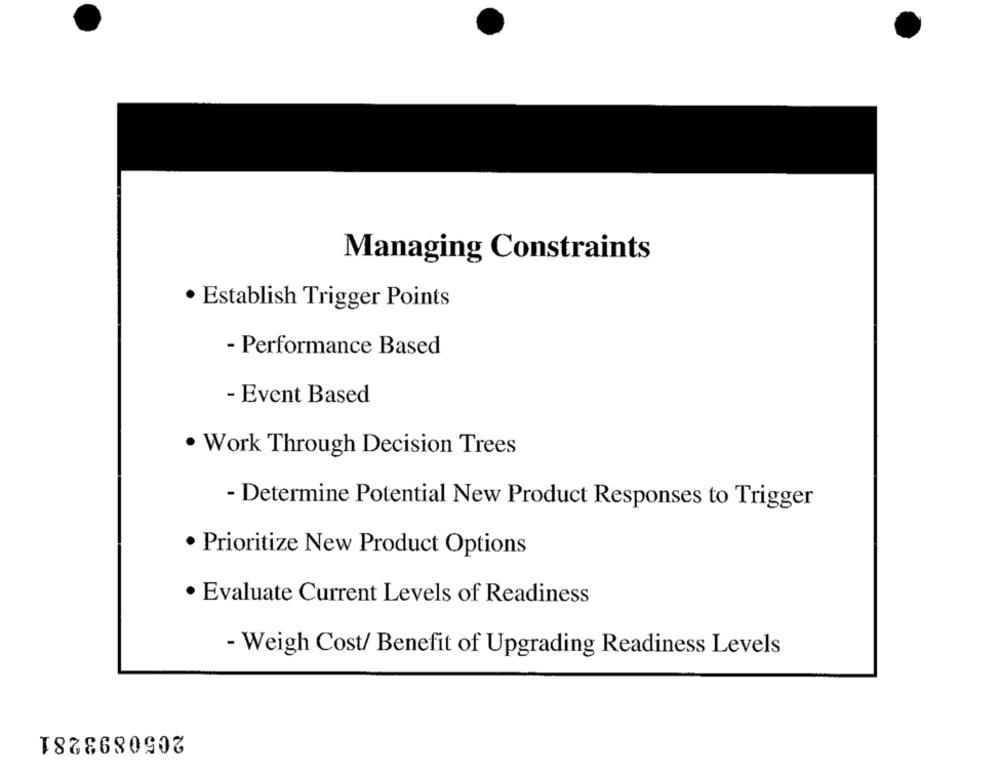
Managing Constraints
· Establish Trigger Points
- Performance Based
- Event Based
. Work Through Decision Trees
- Determine Potential New Product Responses to Trigger
· Prioritize New Product Options
· Evaluate Current Levels of Readiness
- Weigh Cost/ Benefit of Upgrading Readiness Levels
2050893281